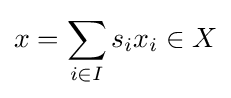
x=\sum _{i\in I}s_{i}x_{i}\in X